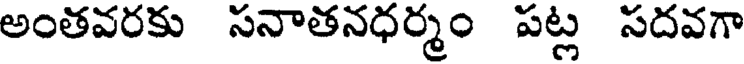
అంతవరకు సనాతనధర్మం పట్ల సదవగా